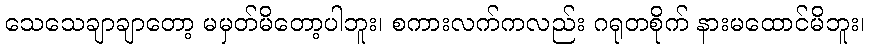
သေသေချာချာတော့ မမှတ်မိတော့ပါဘူး၊ စကားလက်ကလည်း ဂရုတစိုက် နားမထောင်မိဘူး၊